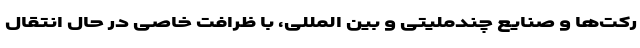
رکت‌ها و صنایع چندملیتی و بین المللی، با ظرافت خاصی در حال انتقال